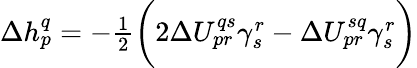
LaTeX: \begin{array}{r}{\Delta h_{p}^{q}=-\frac{1}{2}\bigg(2\Delta U_{pr}^{qs}\gamma_{s}^{r}-\Delta U_{pr}^{sq}\gamma_{s}^{r}\bigg)}\end{array}